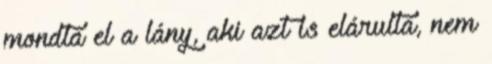
mondta el a lány, aki azt is elárulta, nem